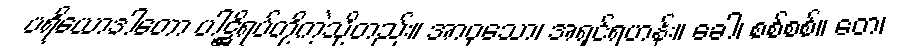
ပရိယောဒါတော ပါဋ္ဌိရပ်တို့ကဲ့သို့တည်း။ အာဝုသော၊ အရှင်ရဟန်း။ ခေါ၊ စစ်စစ်။ တေ၊